Calcutta medical institutions reports 1871-78
Year: 1871
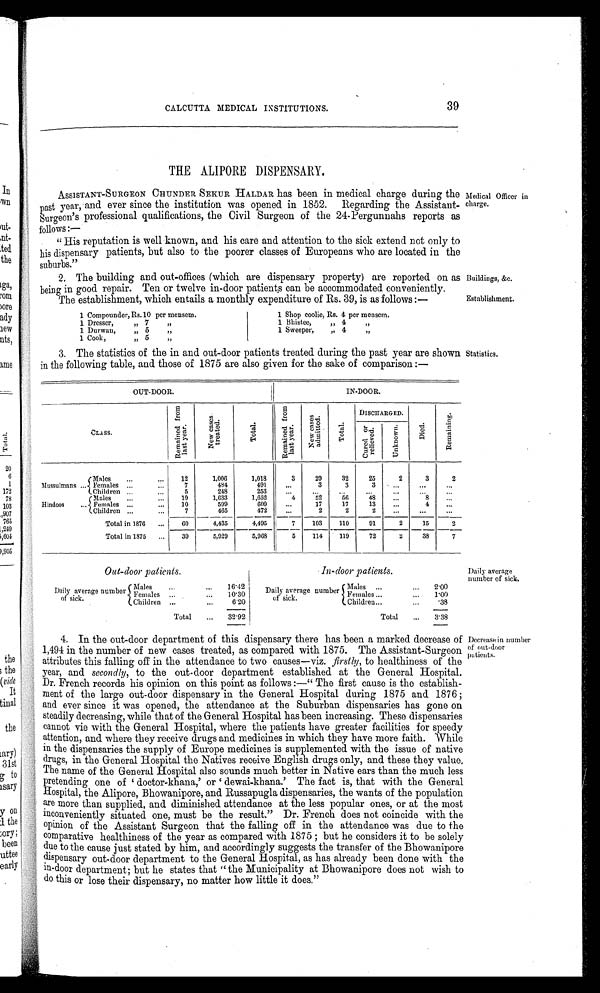
Buildings, &c.
Establishment.
CALCUTTA MEDICAL INSTITUTIONS.
39
THE ALIPORE DISPENSARY.
ASSISTANT-SURGEON CHUNDER SEKUR HALDAR has been in medical charge during the
past year, and ever since the institution was opened in 1852. Regarding the Assistant
- S u r g e o n
' s p r o f e s s i o n a l q u a l i f i c a t i o n s , t h e C i v i l S u r g e o n o f t h e 2 4 P e r g u n n a h s r e p o r t s a s .
follows:—
"His reputation is well known, and his care and attention to the sick extend not only to
his dispensary patients, but also to the poorer classes of Europeans who are located in the
suburbs."
2. The building and out-offices (which are dispensary property) are reported on as
being in good repair. Ten or twelve in-door patients can be accommodated conveniently.
The establishment, which entails a monthly expenditure of Rs. 39, is as follows:—
Medical Officer in
charge.
1 Compounder, Rs. 10 per mensem.
1 Dresser,
„ 7
"
1 Durwan,
„ 5
"
1 Cook,
,, 5
”
1 Shop coolie, Rs. 4 per mensem.
1 Bhistee,
" 4
"
1 Sweeper,
" 4
"
3. The statistics of the in and out-door patients treated during the past year are shown
in the following table, and those of 1875 are also given for the sake of comparison:—
Statistics.
OUT-DOOR.
IN-DOOR.
CLASS.
R e m a i n e d f r o m l a s t y e a r .
N e w c a s e s t r e a t e d .
Tot al .
R e m a i n e d f r o m l a s t y e a r .
N e w c a s e s t r e a t e d .
Total
DI SCHARGED.
Di ed.
R e m a i n i n g .
Cu r e d o r r e l i e v e d .
Un k n o wn .
Mussulmans ...
Males
...
...
12
1,006
1,018
3
29
32
25
2
3
2
Females ...
...
7
484
491
...
3
3
3 ...
...
...
Children ...
...
5
248
253
...
...
...
...
... ...
...
Hindoos
...
Males ...
...
19
1,633
1,652
4 52
56
48
...
8 ...
Females ... .
...
10
599
609
...
17
17
13
...
4
...
Children ...
...
7
465
472
...
2
2
2
...
... ...
Total in 1876 ...
60
4,435
4,495
7
103
110
91
2
15
2
Total in 1875 ...
39
5,929
5,968
5
114
119
72
2
38
7
Out-door patients.
Daily average number
of sick.
Males
...
... 16·42
Females ... ...
10·30
Children ...
...
6·20
Total
...
32·92
In-door patients.
Daily average number
of sick.
Males ...
... 2·00
Females ...
... 1·00
Children ...
...
·38
Total
...
3·38
Daily average
number of sick.
4. In the out-door department of this dispensary there has been a marked decrease of
1,494 in the number of new cases treated, as compared with 1875. The Assistant-Surgeon
attributes this falling off in the attendance to two causes—viz. firstly, to healthiness of the
year, and secondly, to the out-door department established at the General Hospital.
Dr. French records his opinion on this point as follows:—"The first cause is the establish--
ment of the large out-door dispensary in the General Hospital during 1875 and 1876;
and ever since it was opened, the attendance at the Suburban dispensaries has gone on
steadily decreasing, while that of the General Hospital has been increasing. These dispensaries
cannot vie with the General Hospital, where the patients have greater facilities for speedy
attention, and where they receive drugs and medicines in which they have more faith. While
in the dispensaries the supply of Europe medicines is supplemented with the issue of native
drugs, in the General Hospital the Natives receive English drugs only, and these they value.
The name of the General Hospital also sounds much better in Native ears than the much less
pretending one of doctor-khana,' or dewai-khana.' The fact is, that with the General
Hospital, the Alipore, Bhowanipore, and Russapugla dispensaries, the wants of the population
are more than supplied, and diminished attendance at the less popular ones, or at the most
inconveniently situated one, must be the result." Dr. French does not coincide with the
opinion of the Assistant Surgeon that the falling off in the attendance was due to the
comparative healthiness of the year as compared with 1875; but he considers it to be solely
due to the cause just stated by him, and accordingly suggests the transfer of the Bhowanipore
dispensary out-door department to the General Hospital, as has already been done with the
in-door department; but he states that "the Municipality at Bhowanipore does not wish to
do this or lose their dispensary, no matter how little it does."
Decrease in number
of out-door
patients.